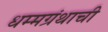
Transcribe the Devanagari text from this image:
धम्मग्रंथाची